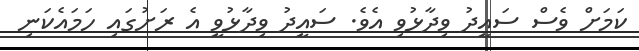
ކަމަށް ވެސް ސައީދު ވިދާޅުވި އެވެ. ސައީދު ވިދާޅުވީ އެ ރަށުގައި ހަމައެކަނި